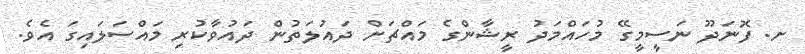
ށ. ފޮނަދޫ ނަސީމީގޭ މުހައްމަދު ރީޝާންގެ މައްޗަށް ދައުލަތުން ދައުވާކުރި މައްސަލައިގަ އެވެ.